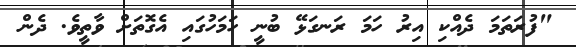
"ފުރަތަމަ ދެއްކި އިރު ހަމަ ރަނގަޅޭ ބުނީ ހަމަހުގައި އެގޮތަށް ވާތީވެ. ދެން